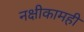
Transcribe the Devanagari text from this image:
नक्षीकामही